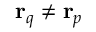
\mathbf { r } _ { q } \neq \mathbf { r } _ { p }